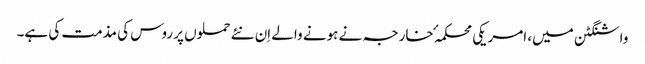
واشنگٹن میں، امریکی محکمہٴ خارجہ نے ہونے والے اِن نئے حملوں پر روس کی مذمت کی ہے۔